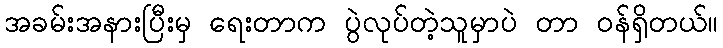
အခမ်းအနားပြီးမှ ရေးတာက ပွဲလုပ်တဲ့သူမှာပဲ တာ ဝန်ရှိတယ်။